Vaccination in Burma 1889-1999 - 1889-1999
Year: 1889
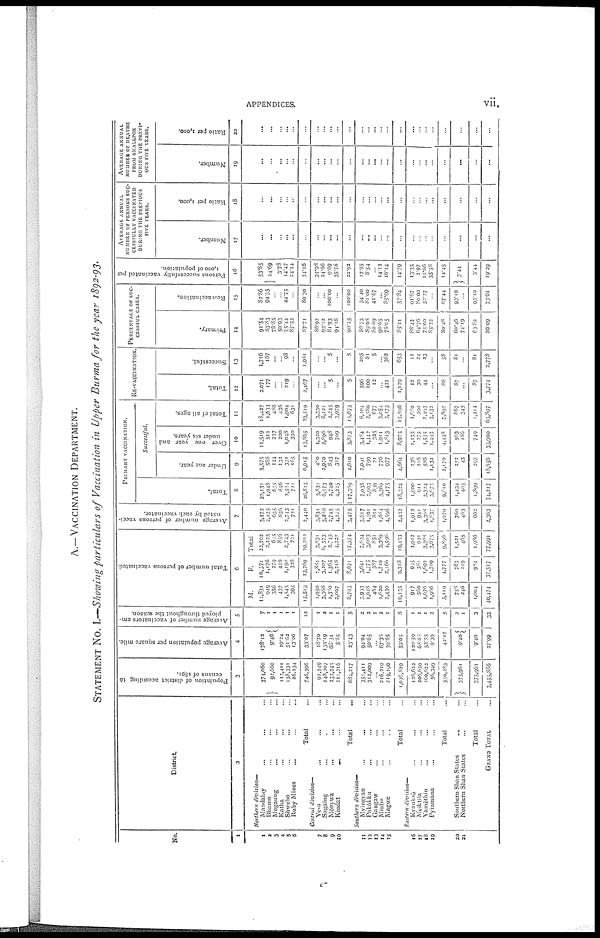
APPENDICES.
vii.
A.—VACCINATION DEPARTMENT.
STATEMENT No. I.—Showing particulars of Vaccination in Upper Burma for the year 1892-93.
No.
1
1
2
3
4
5
6
7
8
9
10
11
12
13
14
15
16
17
18
19
20
21
District.
2
Northern division—
Mandalay ... ... ...
Bhamo ... ... ...
Mogaung ... ... ...
Katha ... ... ...
Shwebo ... ... ...
Ruby Mines ... ... ...
Total ...
Central division—
Ye-u ... ... ...
Sagaing ... ... ...
Mônywa ... ... ...
Kindat ... ... ...
Total ...
Myingyan
...
...
...
Pakôkku ... ... ...
Gangaw ... ... ...
Minbu ... ... ...
Magwe ... ... ...
Total ...
Eastern division—
Kyaukso ... ... ...
Meiktila ... ... ...
Yamèthin ... ...
Pyinmana ... ...
Total ...
Southern Shan States ... ...
Northern Shan States ... ...
Total ...
GRAND TOTAL ...
Population of district according to
census of 1891.
3
374,060
92,600
115,411
138,331
26,134
746,596
92,549
248,207
232,245
111,216
684,217
351,411
312,009
...
216,219
219,190
1,098,829
126,622
206,650
160,622
56,349
550,283
375,061
375,961
3,455,886
Average population per square mile.
4
178.12
9.46
19.24
51.62
13.06
33.07
18.70
135.19
68.31
5.85
23.43
94.04
50.65
...
67.36
39.85
59.05
120.59
68.88
53.55
9.39
42.17
9.40
9.40
27.99
Average number of vaccinators em-
ployed throughout the season.
5
7
1
1
1
1
1
12
1
3
1
1
5
2
2
1
2
1
8
1
1
1
2
5
2
1
3
33
Total number of persons vaccinated.
6
M.
11,831
949
356
437
1,545
395
15,513
1,950
3,366
1,380
2,007
8,703
3,903
1,628
464
1,620
2,430
10,135
917
560
1,676
1,966
5,119
758
246
1,004
40,474
F.
10,371
1,176
279
419
1,198
326
13,769
1,881
3,207
1,365
2,218
8,671
3,641
1,375
387
1,749
2,166
9,318
905 381
1,692
1,709
4,777
763
219
982
37,517
Total.
22,203
2,125
635
856
2,743
721
29,282
3,831
6,573
2,745
4,225
17,374
7,634
3,003
851
3,369
4,596
19,153
1,912
941
3,368
3,675
9,896
1,521
465
1,986
77,991
Average number of persons vacci-
nated by each vaccinator.
7
3,172
2,125
635
856
2,743
721
2,440
3,831
3,286
2,745
4,225
3,475
3,817
1,501
851
1,684
4,596
2,432
1,912
941
3,308
1,837
1,970
760
465
662
2,363
PRIMARY VACCINATION.
Total.
8
20,131
1,948
635
856
2,524
721
26,815
3,831
6,573
2,740
4,225
17,369
7,038
2,903
839
3,369
4,175
18,324
1,900
911
3,324
3,675
9,810
1,434
465
1,899
74,217
Successful.
Under one year.
9
5,575
588 124
132
331
165
6,915
480
2,970
843
317
4,610
2,091
799
21
776
977
4,664
236
216
586
1,132
2,170
252
45
297
18,656
Over one year and
under six years.
10
11,519
511
237
200
1,048
350
13,865
1,320
2,896
948
709
5,873
3,484
1,442
325
1,911
1,813
8,975
1,135
275
1,535
1,493
4,438
563
186
749
33,900
Total of all ages.
11
18,427
1,633
488
436
1,904
631
23,519
3,330
6,121
2,245
3,979
15,675
6,104
2,586
677
3,054
3,175
15,596
1,680
590
2,403
3,132
7,895
867
345
1,212
63,897
RE-VACCINATION.
Total.
12
2,071
177
...
...
219
...
2,467
...
...
5
...
5
596
100
12
...
421
1,129
12
30
44
...
86
87
...
87
3,774
Successful.
13
1,716
167
...
...
98
...
1,981
...
...
5
...
5
205
81
5
...
362
653
11
24
23
...
58
81
...
81
2,778
PERCENTAGE OF SUC-
CESSFUL CASES.
Primary.
14
91.54
83.83
76.85
50.93
75.44
87.52
87.71
86.92
93.12
81.93
91.18
90.25
86.73
89.08
80.69
90.65
76.05
85.11
88.42
64.76
75.00
85.22
80.48
60.46
74.19
63.82
86.09
Rc-vaccination.
15
82.86
94.35
...
...
44.75
...
80.30
...
...
100.00
...
100.00
34.40
81.00
41.67
...
85.99
57.84
91.67
80.00
52.27
...
67.44
93.10
...
93.10
73.61
Persons successfully vaccinated per
1,000 of population.
16
53.85
24.69
3.78
14.47
24.14
34.16
35.98
24.66
9.69
35.78
22.92
17.95
8.54
...
14.12
16.14
14.79
13.35
2.97
15.66
55.58
14.45
3.44
3.44
19.29
AVERAGE ANNUAL
NUMUER OF PERSONS SUC-
CESSFULLY VACCINATED
DURING THE PREVIOUS
FIVE YEARS.
Number.
17
...
...
...
...
...
...
...
...
...
...
...
...
...
...
...
...
...
...
...
...
...
...
...
...
...
Ratio per 1,000.
18
...
...
...
...
...
...
...
...
...
...
...
...
...
...
...
...
...
...
...
...
...
...
...
...
...
AVERAGE ANNUAL
NUMBER OF DEATHS
FROM SMALLPOX
DURING THE PREVI-
OUS FIVE YEARS.
Number.
19
...
...
...
...
...
...
...
...
...
...
...
...
...
...
...
...
...
...
...
...
...
...
...
...
...
Ratio per 1,000.
20
...
...
...
...
...
...
...
...
...
...
...
...
...
...
...
...
...
...
...
...
...
...
...
...
...